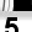
Digit: 5